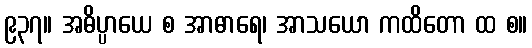
၉၃၇။ အဓိပ္ပာယေ စ အာဓာရေ၊ အာသယော ကထိတော ထ စ။